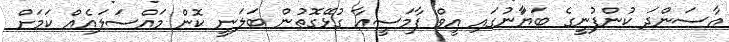
އާސަންދަ ކުންފުނީގެ ބަޔާަނުގައި އީވް ފާމަސީއާ ގުޅޭގޮތުން ބަލަނީ ކޮން މައްސަލައެއް ކަމަށް